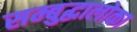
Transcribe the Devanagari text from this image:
सम्बुद्धालोका